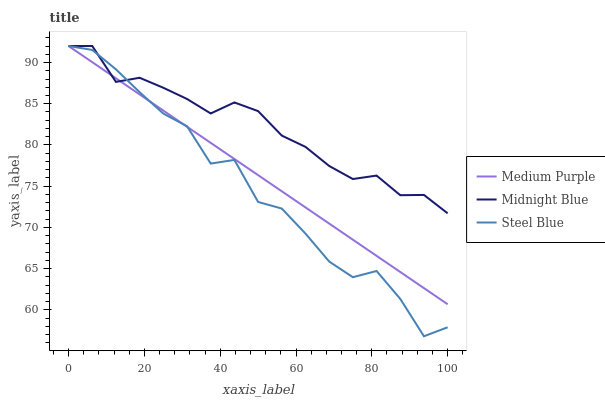
| xaxis_label | Medium Purple | Midnight Blue | Steel Blue |
 | --- | --- | --- | --- |
 | 0 | 92 | 92 | 92 |
 | 6.25 | 90 | 92 | 91.5 |
 | 12.5 | 88.1 | 87.6 | 89.2 |
 | 18.8 | 86.1 | 88.2 | 86.4 |
 | 25 | 84.2 | 86.9 | 83.8 |
 | 31.2 | 82.2 | 85.6 | 82.3 |
 | 37.5 | 80.3 | 83.8 | 77.7 |
 | 43.8 | 78.3 | 85.2 | 78.2 |
 | 50 | 76.3 | 84.1 | 73.1 |
 | 56.2 | 74.4 | 81.1 | 72.3 |
 | 62.5 | 72.4 | 79.8 | 69.3 |
 | 68.8 | 70.5 | 77.5 | 65.9 |
 | 75 | 68.5 | 75.9 | 64 |
 | 81.2 | 66.6 | 76.3 | 64.7 |
 | 87.5 | 64.6 | 73.9 | 61.3 |
 | 93.8 | 62.6 | 73.9 | 56.8 |
 | 100 | 60.7 | 71.7 | 57.9 |